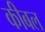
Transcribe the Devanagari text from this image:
कीबल